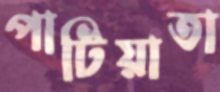
পাটিয়াতা